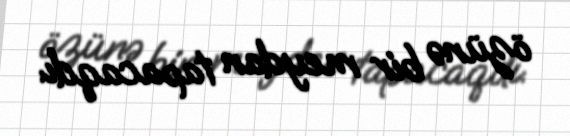
özünə bir meydan tapacaqdı.